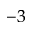
^ { - 3 }